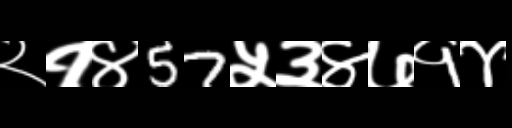
Text: २१४57५३४७१४